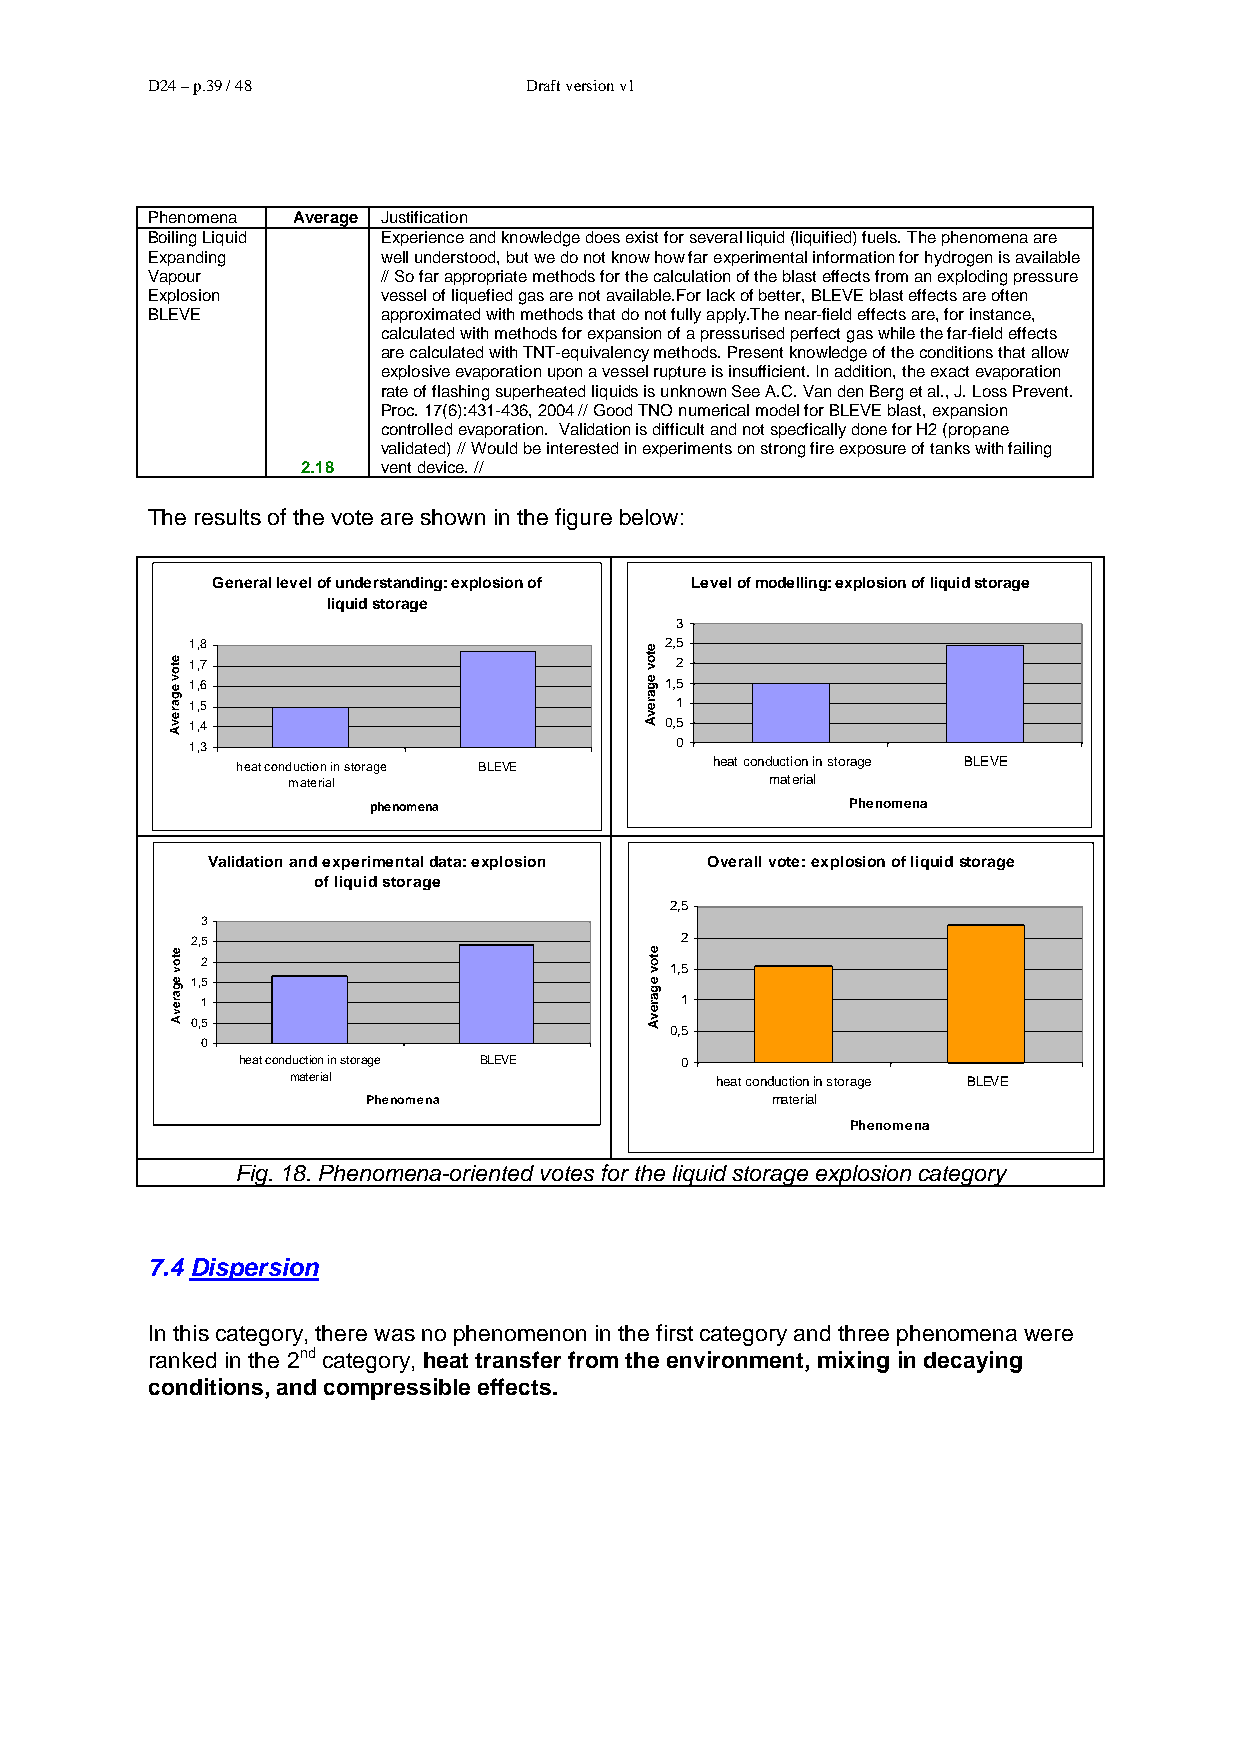
D24 – p.39 / 48          Draft version v1
 Phenomena Average Justification
 Boiling Liquid Experience and knowledge does exist for several liquid (liquified) fuels. The phenomena are
 Expanding      well understood, but we do not know how far experimental information for hydrogen is available
 Vapour         // So far appropriate methods for the calculation of the blast effects from an exploding pressure
 Explosion      vessel of liquefied gas are not available.For lack of better, BLEVE blast effects are often
 BLEVE          approximated with methods that do not fully apply.The near-field effects are, for instance,
 calculated with methods for expansion of a pressurised perfect gas while the far-field effects
 are calculated with TNT-equivalency methods. Present knowledge of the conditions that allow
 explosive evaporation upon a vessel rupture is insufficient. In addition, the exact evaporation
 rate of flashing superheated liquids is unknown See A.C. Van den Berg et al., J. Loss Prevent.
 Proc. 17(6):431-436, 2004 // Good TNO numerical model for BLEVE blast, expansion
 controlled evaporation. Validation is difficult and not specfically done for H2 (propane
 validated) // Would be interested in experiments on strong fire exposure of tanks with failing
 2.18 vent device. //
 The results of the vote are shown in the figure below:
 General level of understanding: explosion of Level of modelling: explosion of liquid storage
 liquid storage
 3
 1,8                            2,5
 1,7                             2
 1,6                            1,5
 1,5                             1
 1,4                            0,5
 1,3                             0
 heat conduction in storage BLEVE heat conduction in storage BLEVE
 material                        material
 phenomena                       Phenomena
 Validation and experimental data: explosion Overall vote: explosion of liquid storage
 of liquid storage
 2,5
 3
 2,5                             2
 2
 1,5
 1,5
 1                               1
 0,5
 0,5
 0
 heat conduction in storage BLEVE 0
 material                    heat conduction in storage BLEVE
 Phenomena                  material
 Phenomena
 Fig. 18. Phenomena-oriented votes for the liquid storage explosion category
 7.4 Dispersion
 In this category, there was no phenomenon in the first category and three phenomena were
 ranked in the 2nd category, heat transfer from the environment, mixing in decaying
 conditions, and compressible effects.
 etov
 egarevA
 etov
 egarevA
 etov
 egarevA
 etov
 egarevA